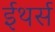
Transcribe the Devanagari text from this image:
ईथर्स